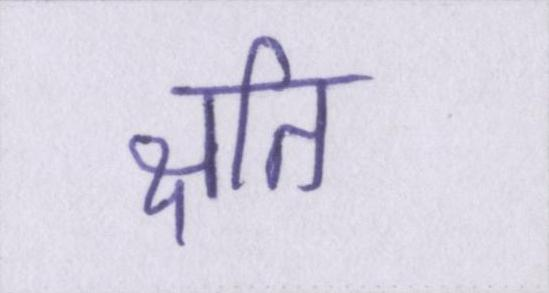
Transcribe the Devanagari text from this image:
क्षति